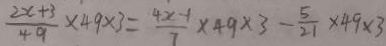
\frac { 2 x + 3 } { 4 9 } \times 4 9 \times 3 = \frac { 4 x - 1 } { 7 } \times 4 9 \times 3 - \frac { 5 } { 2 1 } \times 4 9 \times 3